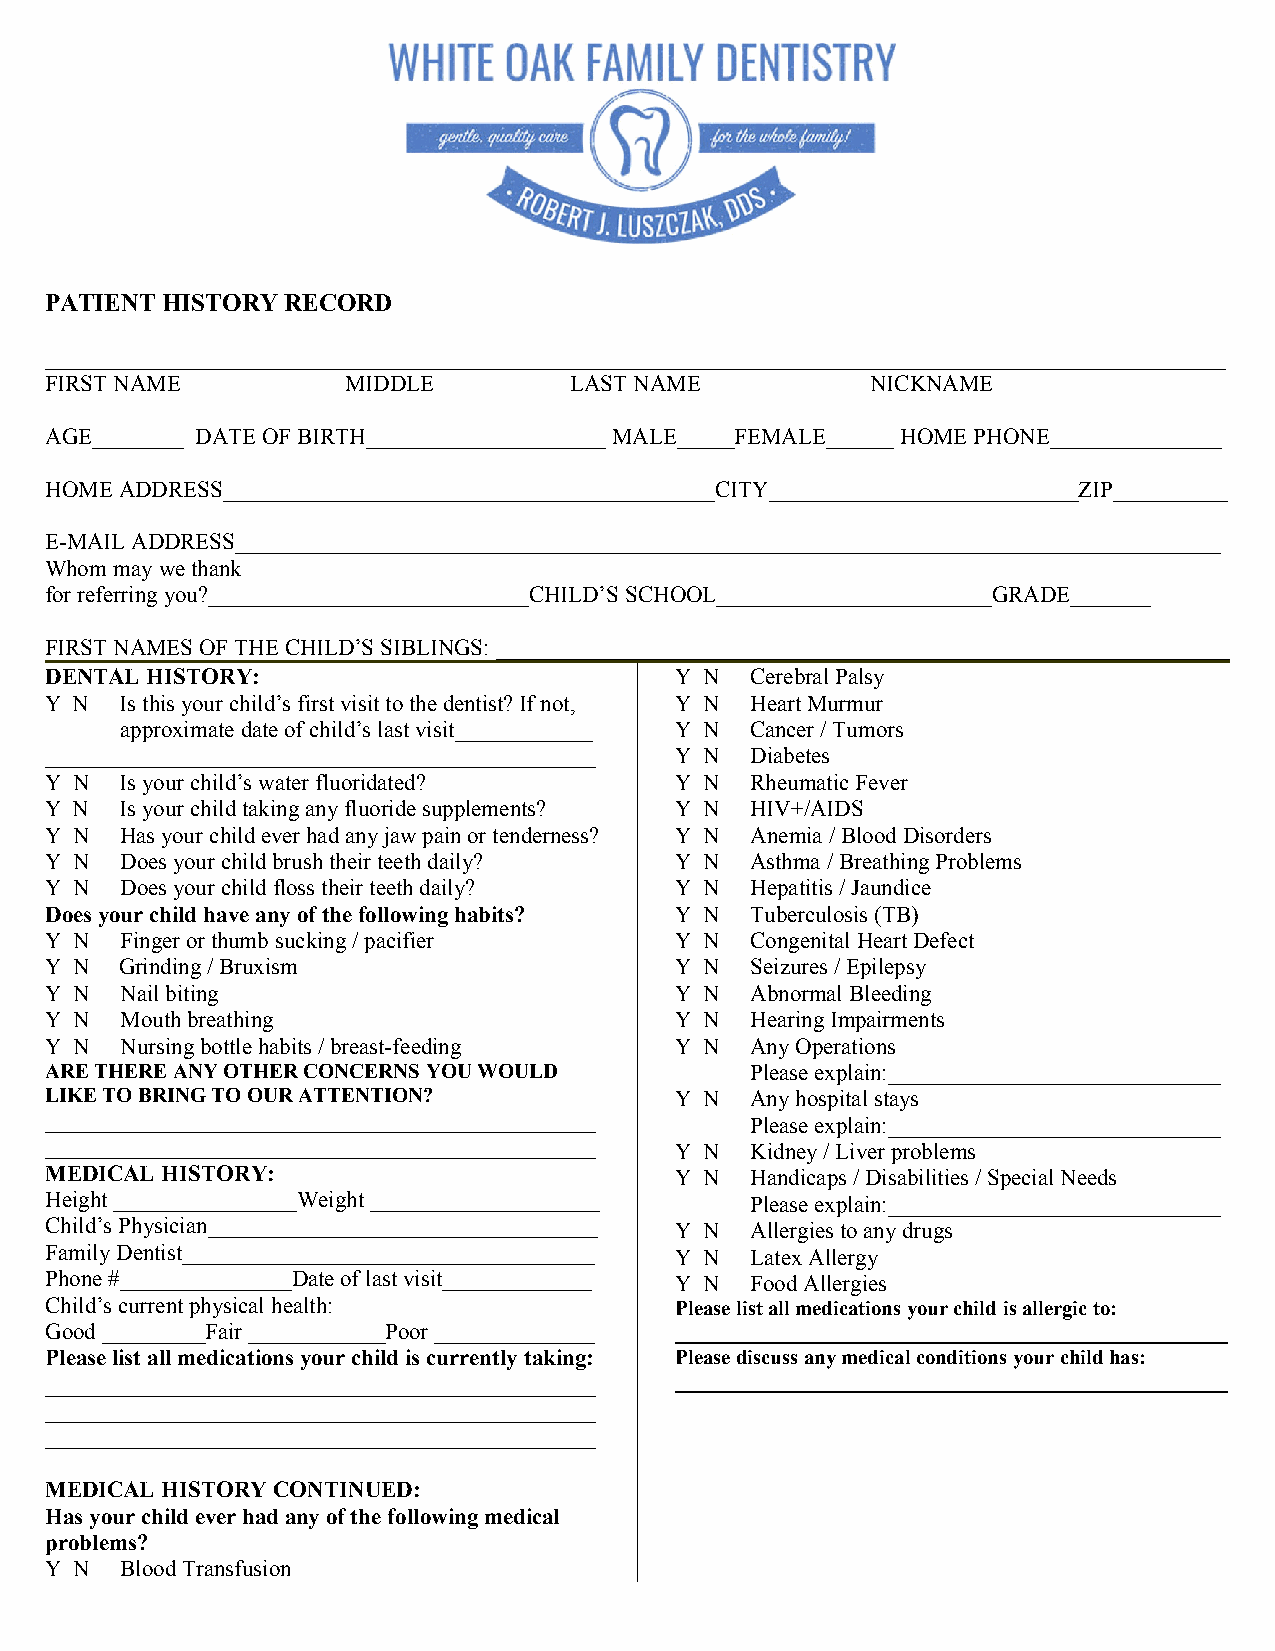
PATIENT HISTORY RECORD
 _______________________________________________________________________________________________________
 FIRST NAME          MIDDLE         LAST NAME           NICKNAME
 AGE________ DATE OF BIRTH_____________________ MALE_____FEMALE______ HOME PHONE_______________
 HOME ADDRESS___________________________________________CITY___________________________ZIP__________
 E-MAIL ADDRESS______________________________________________________________________________________
 Whom may we thank
 for referring you?____________________________CHILD’S SCHOOL________________________GRADE_______
 FIRST NAMES OF THE CHILD’S SIBLINGS: ________________________________________________________________
 DENTAL HISTORY:                           Y N  Cerebral Palsy
 Y N  Is this your child’s first visit to the dentist? If not, Y N Heart Murmur
 approximate date of child’s last visit____________ Y N Cancer / Tumors
 ________________________________________________ Y N Diabetes
 Y N  Is your child’s water fluoridated?   Y N  Rheumatic Fever
 Y N  Is your child taking any fluoride supplements? Y N HIV+/AIDS
 Y N  Has your child ever had any jaw pain or tenderness? Y N Anemia / Blood Disorders
 Y N  Does your child brush their teeth daily? Y N Asthma / Breathing Problems
 Y N  Does your child floss their teeth daily? Y N Hepatitis / Jaundice
 Does your child have any of the following habits? Y N Tuberculosis (TB)
 Y N  Finger or thumb sucking / pacifier   Y N  Congenital Heart Defect
 Y N  Grinding / Bruxism                   Y N  Seizures / Epilepsy
 Y N  Nail biting                          Y N  Abnormal Bleeding
 Y N  Mouth breathing                      Y N  Hearing Impairments
 Y N  Nursing bottle habits / breast-feeding Y N Any Operations
 ARE THERE ANY OTHER CONCERNS YOU WOULD         Please explain:_____________________________
 LIKE TO BRING TO OUR ATTENTION?           Y N  Any hospital stays
 ________________________________________________ Please explain:_____________________________
 ________________________________________________ Y N Kidney / Liver problems
 MEDICAL HISTORY:                          Y N  Handicaps / Disabilities / Special Needs
 Height ________________Weight ____________________ Please explain:_____________________________
 Child’s Physician__________________________________ Y N Allergies to any drugs
 Family Dentist____________________________________ Y N Latex Allergy
 Phone #_______________Date of last visit_____________ Y N Food Allergies
 Child’s current physical health:          Please list all medications your child is allergic to:
 Good _________Fair ____________Poor ______________ _____________________________________________________
 Please list all medications your child is currently taking: Please discuss any medical conditions your child has:
 ________________________________________________ _____________________________________________________
 ________________________________________________
 ________________________________________________
 MEDICAL HISTORY CONTINUED:
 Has your child ever had any of the following medical
 problems?
 Y N  Blood Transfusion